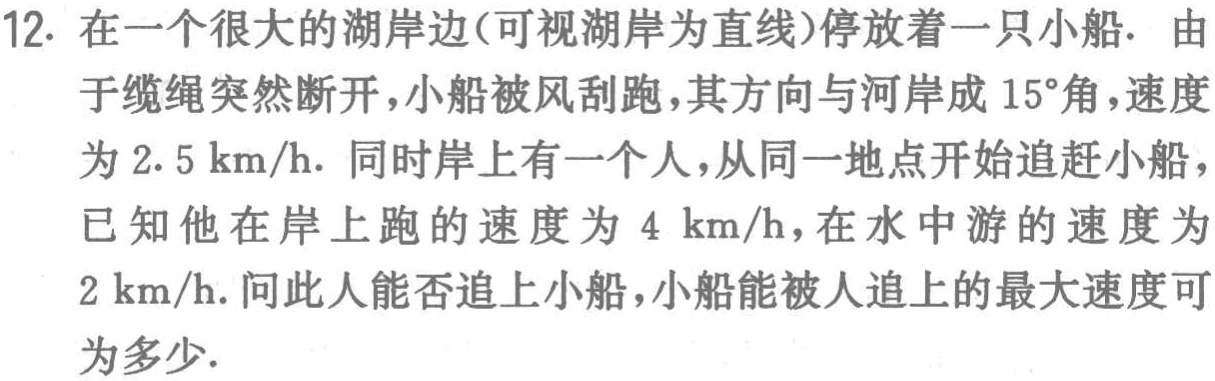
12. 在一个很大的湖岸边(可视湖岸为直线)停放着一只小船. 由于缆绳突然断开，小船被风刮跑，其方向与河岸成 \(15^{\circ}\)角，速度为 \(2.5\ \text{km/h}\). 同时岸上有一个人，从同一地点开始追赶小船，已知他在岸上跑的速度为 \(4\ \text{km/h}\)，在水中游的速度为 \(2\ \text{km/h}\). 问此人能否追上小船，小船能被人追上的最大速度可为多少.